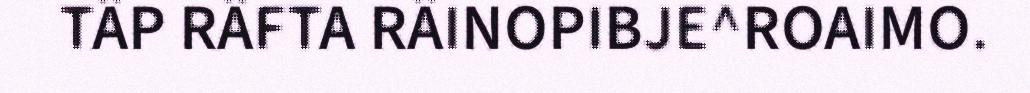
TÄP RÄFTA RÄINOPIBJE^ROAIMO.